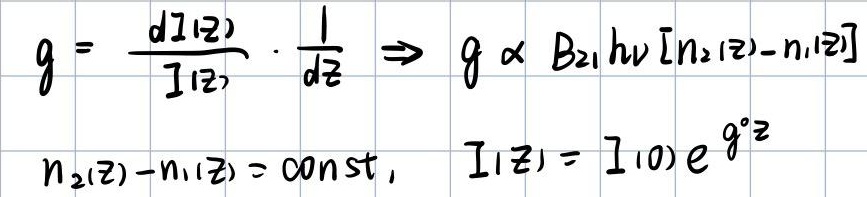
\[
\begin{align*}
g&=\frac{dI(z)}{I(z)}\cdot\frac{1}{dz} \Rightarrow g \propto B_{21}h\nu [n_2(z)-n_1(z)]\\
n_2(z)-n_1(z)&=\mathrm{const}, \quad I(z)=I(0)e^{gz}
\end{align*}
\]